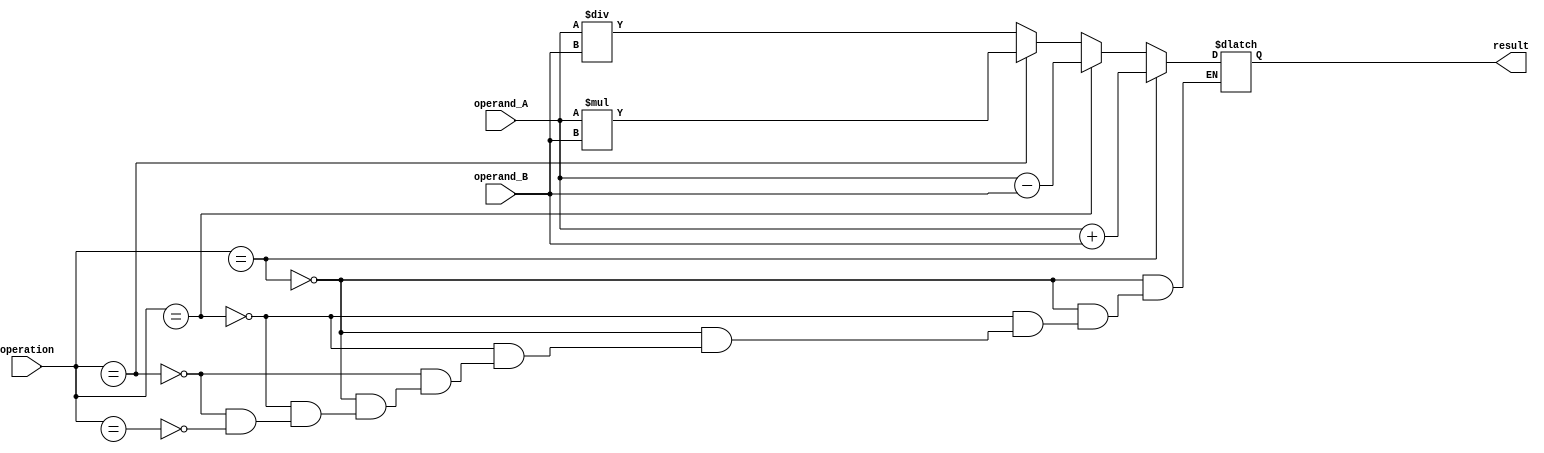
module QuadruplePrecisionFloatingPointUnit (
    input wire [127:0] operand_A,
    input wire [127:0] operand_B,
    input wire operation,
    output reg [127:0] result
);

always @(*) begin
    if (operation == ADD) begin
        result = operand_A + operand_B;
    end else if (operation == SUB) begin
        result = operand_A - operand_B;
    end else if (operation == MUL) begin
        result = operand_A * operand_B;
    end else if (operation == DIV) begin
        result = operand_A / operand_B;
    end
end

endmodule